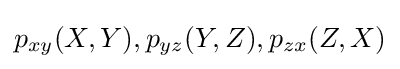
p_{xy}(X,Y),p_{yz}(Y,Z),p_{zx}(Z,X)